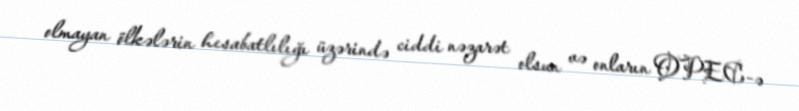
olmayan ölkələrin hesabatlılığı üzərində ciddi nəzarət olsun və onların OPEC-ə